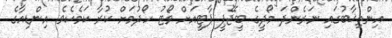
އިންތިޚާބުގައި ނަރެންދަ މޯދީގެ ބީޖޭޕީ ޕާޓީއަށް ވޯޓު ހޯދުމަށް ކުރާ ކަމެކެވެ. އިންޑިއާގެ